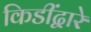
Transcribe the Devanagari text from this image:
किडींद्वारे